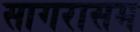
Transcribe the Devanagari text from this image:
सागरासम